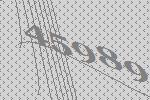
45989